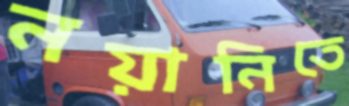
নয়ানিতে